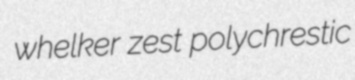
whelker zest polychrestic